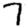
Digit: 7